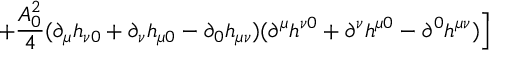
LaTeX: + { \frac { A _ { 0 } ^ { 2 } } { 4 } } ( \partial _ { \mu } h _ { \nu 0 } + \partial _ { \nu } h _ { \mu 0 } - \partial _ { 0 } h _ { \mu \nu } ) ( \partial ^ { \mu } h ^ { \nu 0 } + \partial ^ { \nu } h ^ { \mu 0 } - \partial ^ { 0 } h ^ { \mu \nu } ) \Bigr ]